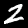
Label: 2